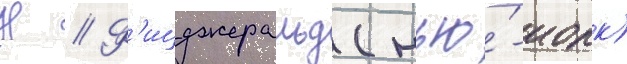
Н // Ф'ицджеральд (нью́-иорк)